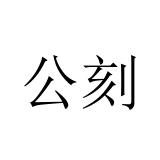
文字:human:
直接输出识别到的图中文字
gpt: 公刻